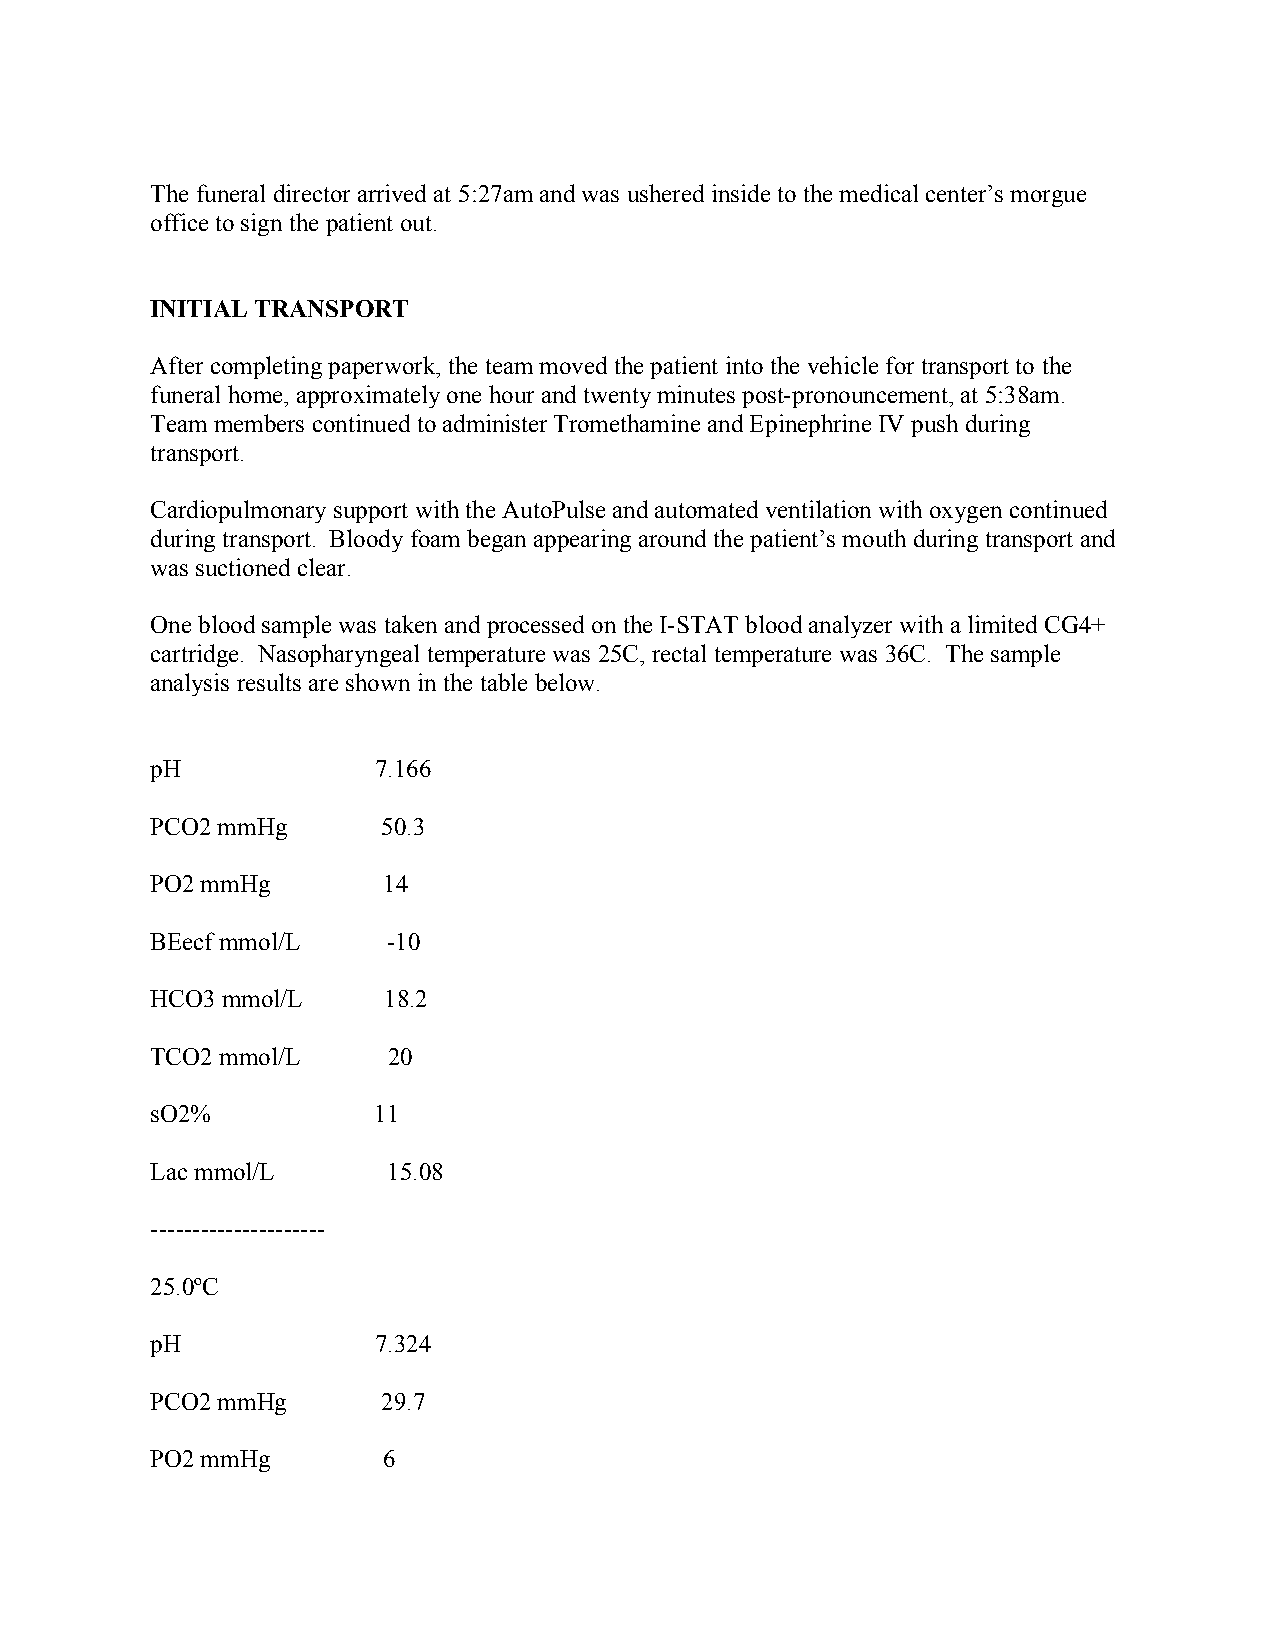
The funeral director arrived at 5:27am and was ushered inside to the medical center’s morgue
 office to sign the patient out.
 INITIAL TRANSPORT
 After completing paperwork, the team moved the patient into the vehicle for transport to the
 funeral home, approximately one hour and twenty minutes post-pronouncement, at 5:38am.
 Team members continued to administer Tromethamine and Epinephrine IV push during
 transport.
 Cardiopulmonary support with the AutoPulse and automated ventilation with oxygen continued
 during transport. Bloody foam began appearing around the patient’s mouth during transport and
 was suctioned clear.
 One blood sample was taken and processed on the I-STAT blood analyzer with a limited CG4+
 cartridge. Nasopharyngeal temperature was 25C, rectal temperature was 36C. The sample
 analysis results are shown in the table below.
 pH             7.166
 PCO2 mmHg      50.3
 PO2 mmHg       14
 BEecf mmol/L    -10
 HCO3 mmol/L    18.2
 TCO2 mmol/L     20
 sO2%           11
 Lac mmol/L      15.08
 ---------------------
 25.0ºC
 pH             7.324
 PCO2 mmHg      29.7
 PO2 mmHg       6